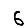
Digit: 6